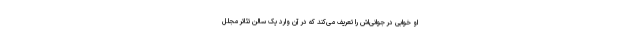
او خوابی در جوانی‌اش را تعریف می‌کند که در آن وارد یک سالن تئاتر مجلل